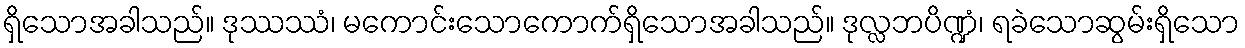
ရှိသောအခါသည်။ ဒုဿဿံ၊ မကောင်းသောကောက်ရှိသောအခါသည်။ ဒုလ္လဘပိဏ္ဍံ၊ ရခဲသောဆွမ်းရှိသော